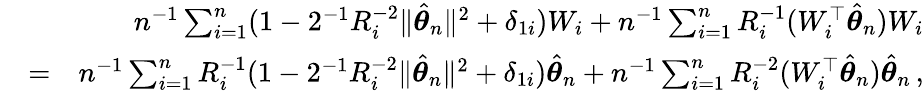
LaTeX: \begin{array}{rlr}&{}&{n^{-1}\sum_{i=1}^{n}(1-2^{-1}R_{i}^{-2}\| \hat{{\boldsymbol\theta}}_{n}\| ^{2}+\delta_{1i})W_{i}+n^{-1}\sum_{i=1}^{n}R_{i}^{-1}(W_{i}^{\top}\hat{{\boldsymbol\theta}}_{n})W_{i}}\\ &{=}&{n^{-1}\sum_{i=1}^{n}R_{i}^{-1}(1-2^{-1}R_{i}^{-2}\| \hat{{\boldsymbol\theta}}_{n}\| ^{2}+\delta_{1i})\hat{{\boldsymbol\theta}}_{n}+n^{-1}\sum_{i=1}^{n}R_{i}^{-2}(W_{i}^{\top}\hat{{\boldsymbol\theta}}_{n})\hat{{\boldsymbol\theta}}_{n}\, ,}\end{array}